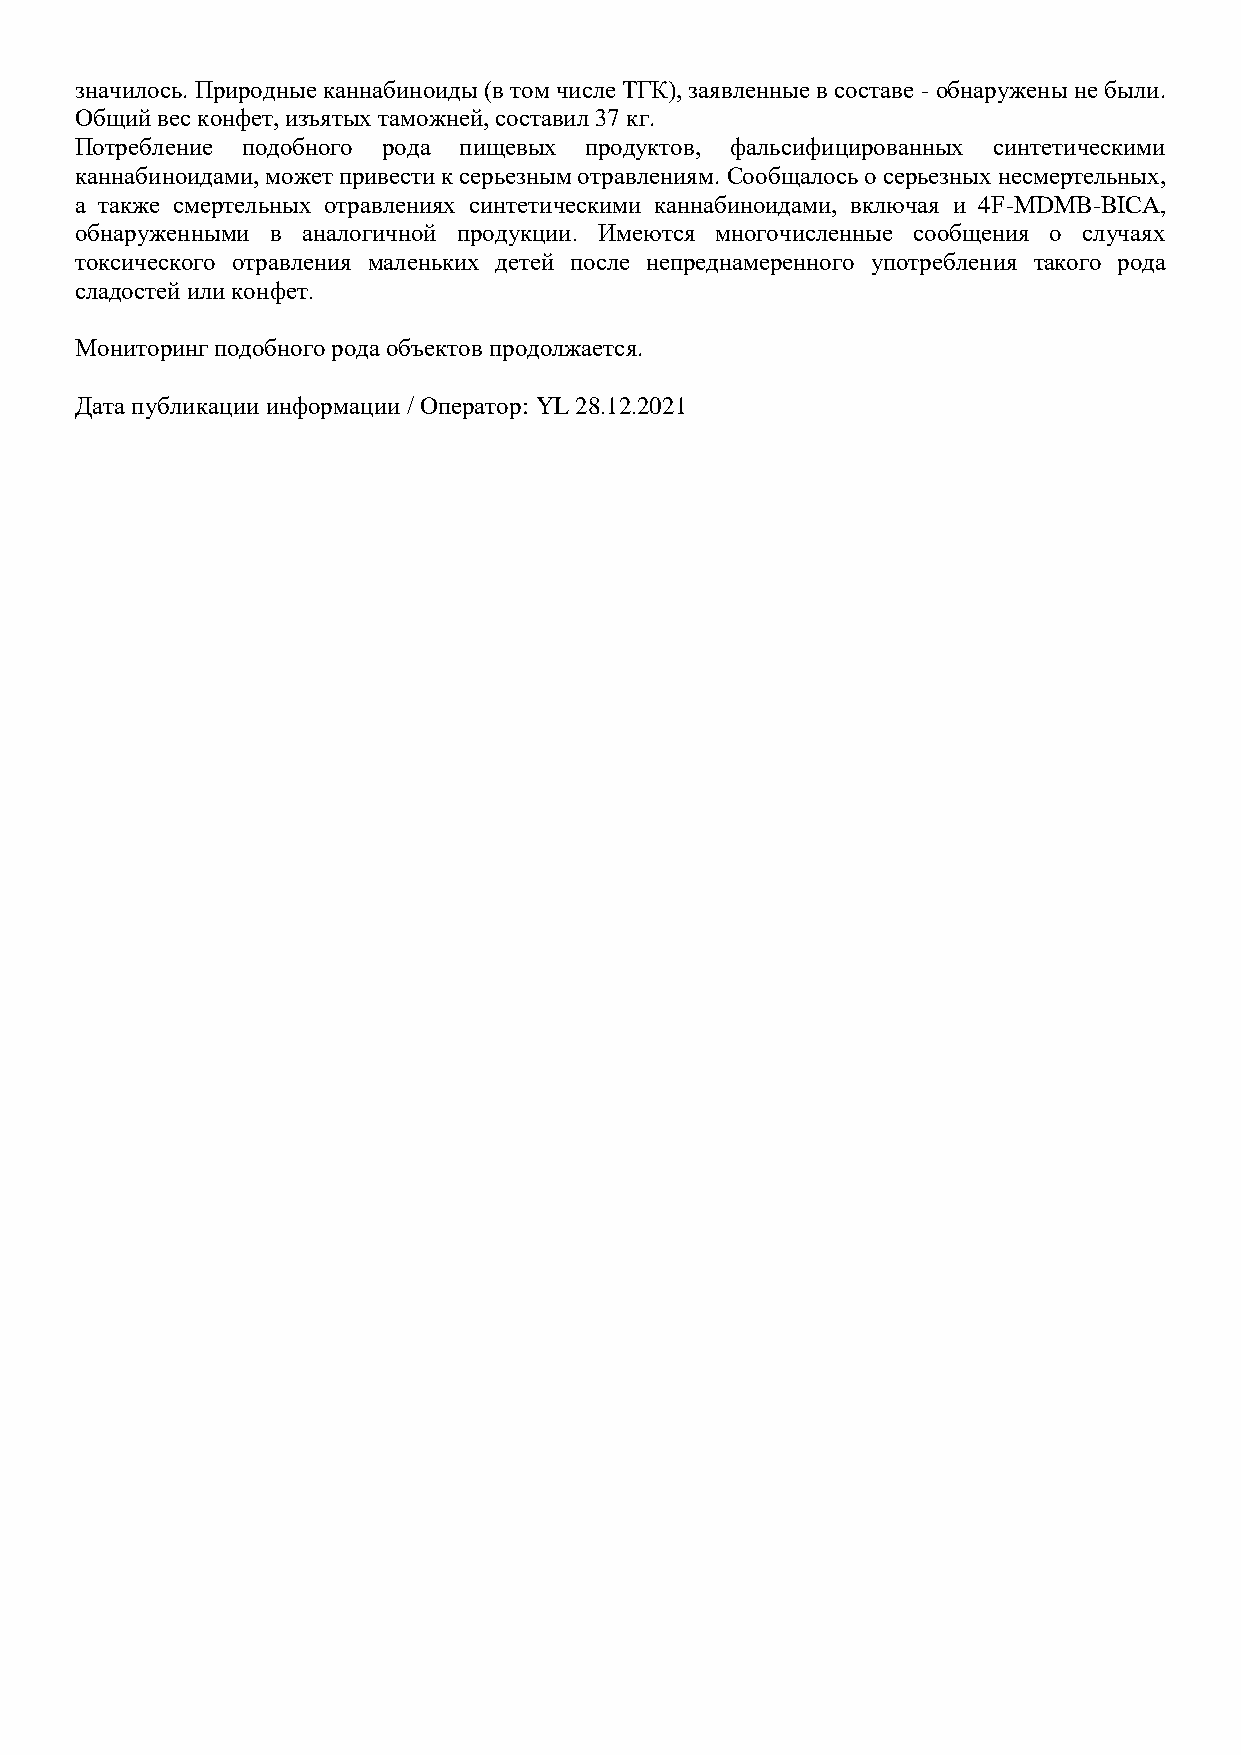
значилось. Природные каннабиноиды (в том числе ТГК), заявленные в составе - обнаружены не были.
 Общий вес конфет, изъятых таможней, составил 37 кг.
 Потребление подобного рода пищевых продуктов, фальсифицированных синтетическими
 каннабиноидами, может привести к серьезным отравлениям. Сообщалось о серьезных несмертельных,
 а также смертельных отравлениях синтетическими каннабиноидами, включая и 4F-MDMB-BICA,
 обнаруженными в аналогичной продукции. Имеются многочисленные сообщения о случаях
 токсического отравления маленьких детей после непреднамеренного употребления такого рода
 сладостей или конфет.
 Мониторинг подобного рода объектов продолжается.
 Дата публикации информации / Оператор: YL 28.12.2021